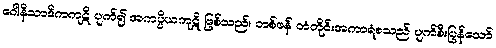
ဂေါနိသာဒိကကုဋိ ပျက်၍ အကပ္ပိယကုဋိ ဖြစ်သည်။ တစ်ဖန် တံတိုင်းအကာရံစသည် ပျက်စီးပြန်သော်